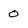
Character: 0